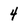
Character: 4